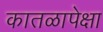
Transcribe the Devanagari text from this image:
कातळापेक्षा